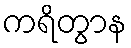
ကရိတွာန